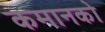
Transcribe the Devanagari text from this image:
कमानको